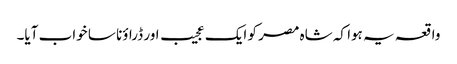
واقعہ یہ ہوا کہ شاہ مصر کو ایک عجیب اور ڈراؤنا سا خواب آیا۔